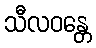
သီလဝန္တေ